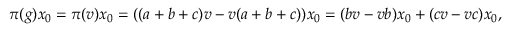
\pi ( g ) x _ { 0 } = \pi ( v ) x _ { 0 } = ( ( a + b + c ) v - v ( a + b + c ) ) x _ { 0 } = ( b v - v b ) x _ { 0 } + ( c v - v c ) x _ { 0 } ,